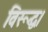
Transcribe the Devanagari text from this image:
विरूद्ध।